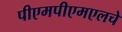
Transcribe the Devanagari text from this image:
पीएमपीएमएलचे